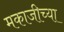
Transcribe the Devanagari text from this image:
मकाजीच्या